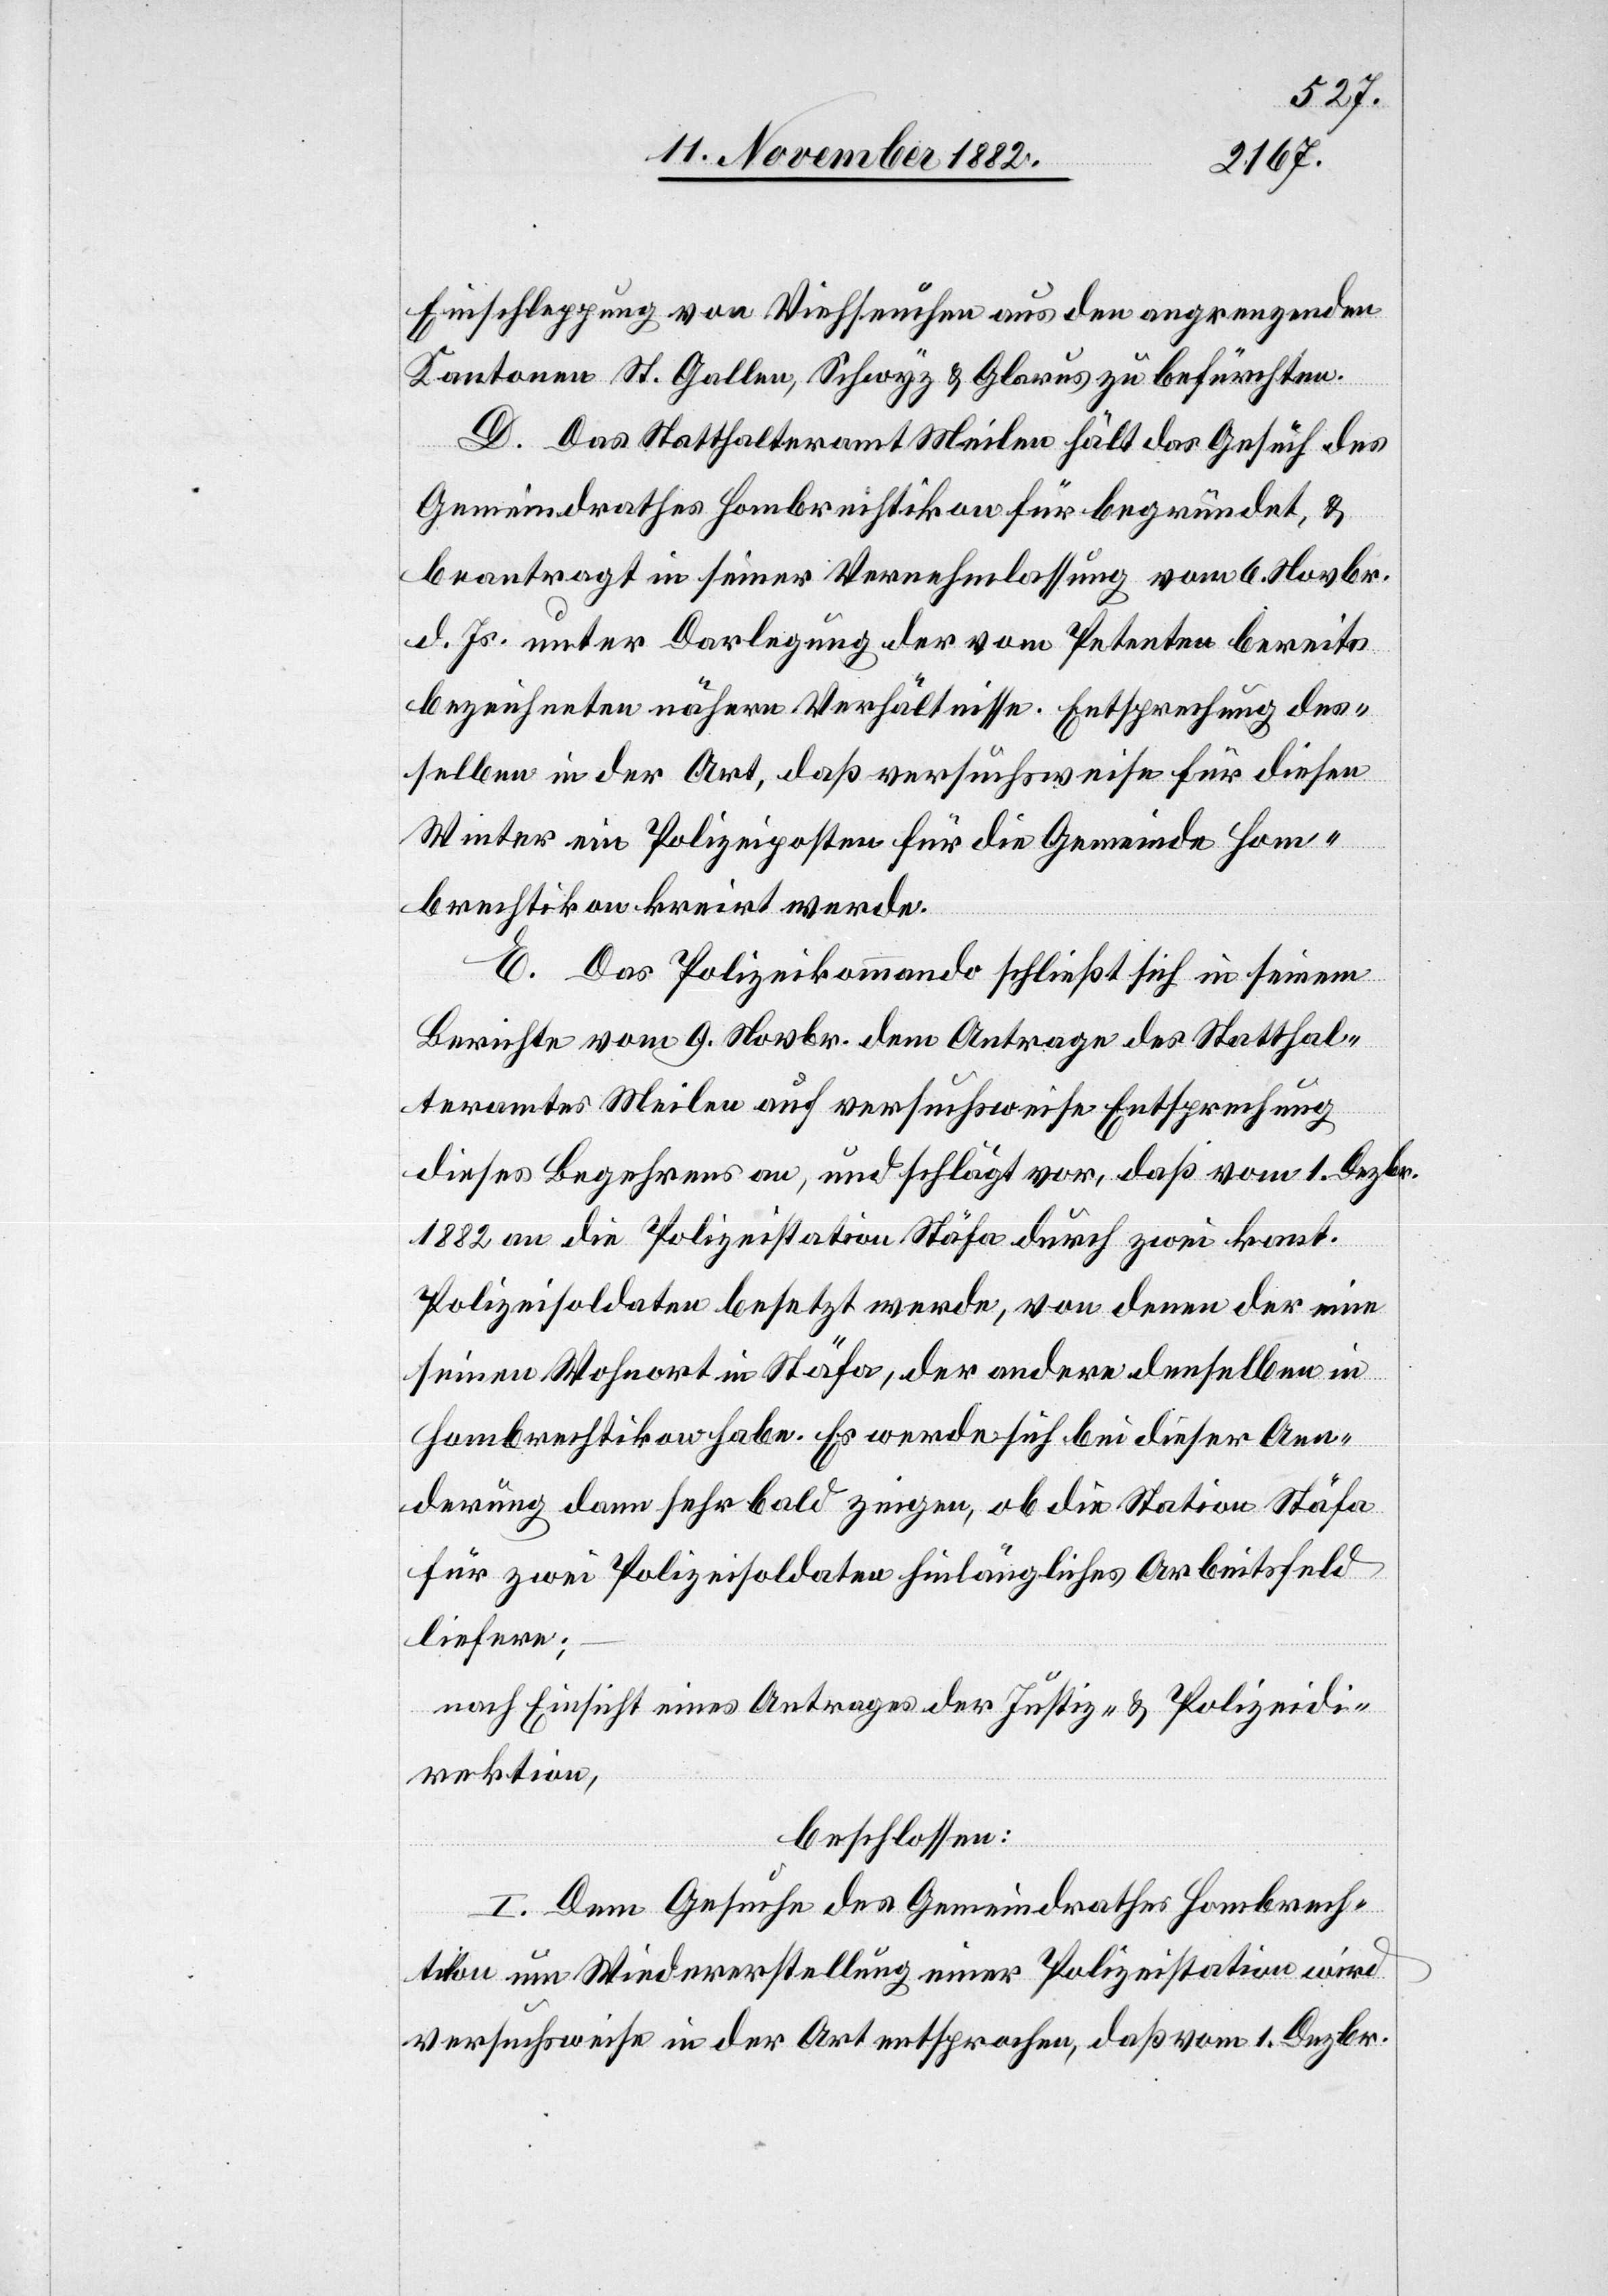
Einschleppung von Viehseuchen aus den angrenzenden
Kantonen St. Gallen, Schwyz & Glarus zu befürchten.
D. Das Statthalteramt Meilen hält das Gesuch des
Gemeindrathes Hombrechtikon für begründet, &
beantragt in seiner Vernehmlassung vom 6. Novbr.
d. Js. unter Darlegung der vom Petenten bereits
bezeichneten nähern Verhältnisse. Entsprechung des¬
selben in der Art, daß versuchsweise für diesen
Winter ein Polizeiposten für die Gemeinde Hom¬
brechtikon kreirt werde.
E. Das Polizeikommando schließt sich in seinem
Berichte vom 9. Novbr. dem Antrage des Statthal¬
teramtes Meilen auf versuchsweise Entsprechung
dieses Begehrens an, und schlägt vor, daß vom 1. Dezbr.
1882 an die Polizeistation Stäfa durch zwei kant.
Polizeisoldaten besetzt werde, von denen der eine
seinen Wohnort in Stäfa, der andere denselben in
Hombrechtikon habe. Es werde sich bei dieser Aen¬
derung dann sehr bald zeigen, ob die Station Stäfa
für zwei Polizeisoldaten hinlängliches Arbeitsfeld
liefere;
nach Einsicht eines Antrages der Justiz- & Polizeidi¬
rektion,
beschlossen:
I. Dem Gesuche des Gemeindrathes Hombrech¬
tikon um Wiedererstellung einer Polizeistation wird
versuchsweise in der Art entsprochen, daß vom 1. Dezbr.